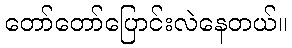
တော်တော်ပြောင်းလဲနေတယ်။